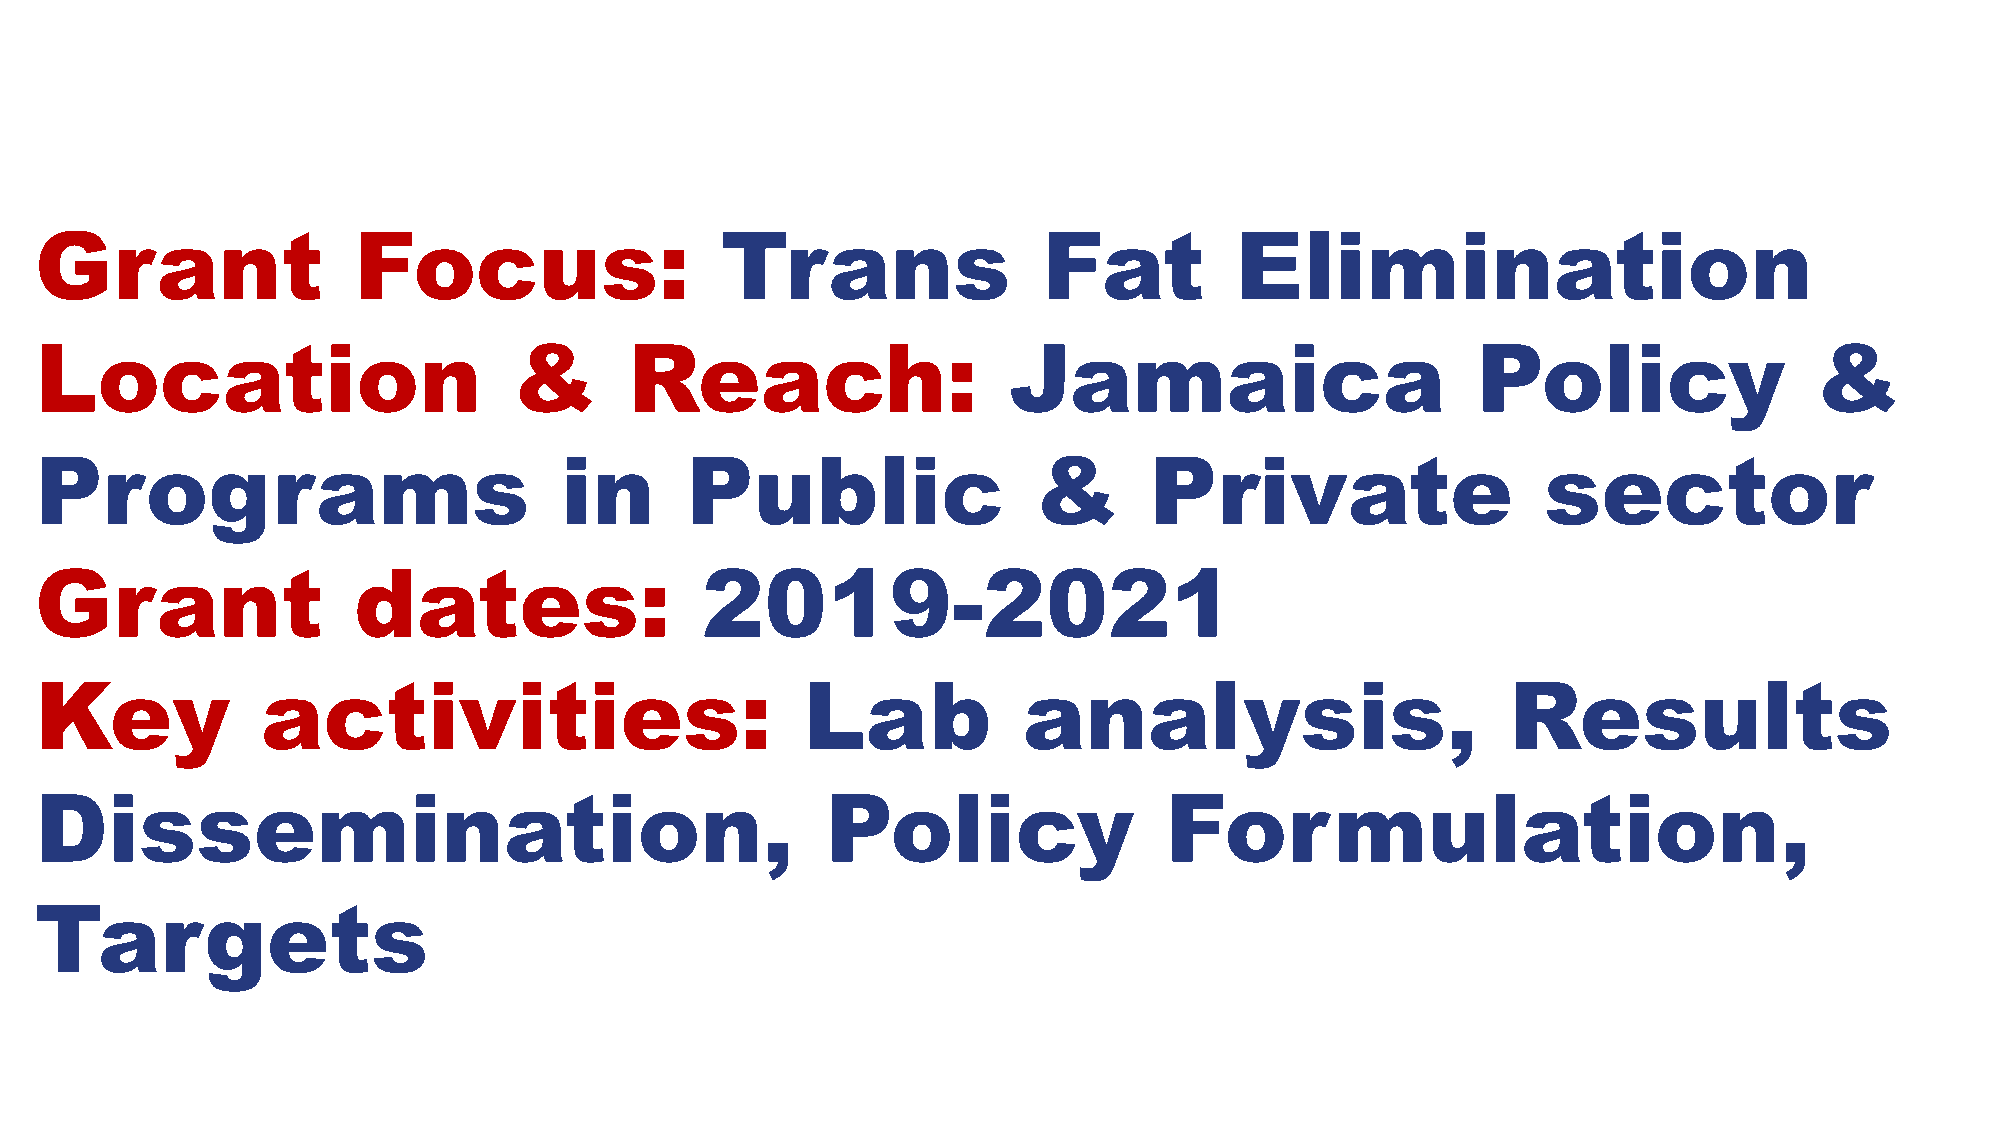
Grant                Focus:                   Trans                Fat          Elimination
 Location                        &       Reach:                   Jamaica                        Policy                &
 Programs                           in      Public                 &       Private                   sector
 Grant                dates:                 2019-2021
 Key            activities:                         Lab            analysis,                       Results
 Dissemination,                                       Policy                Formulation,
 Targets